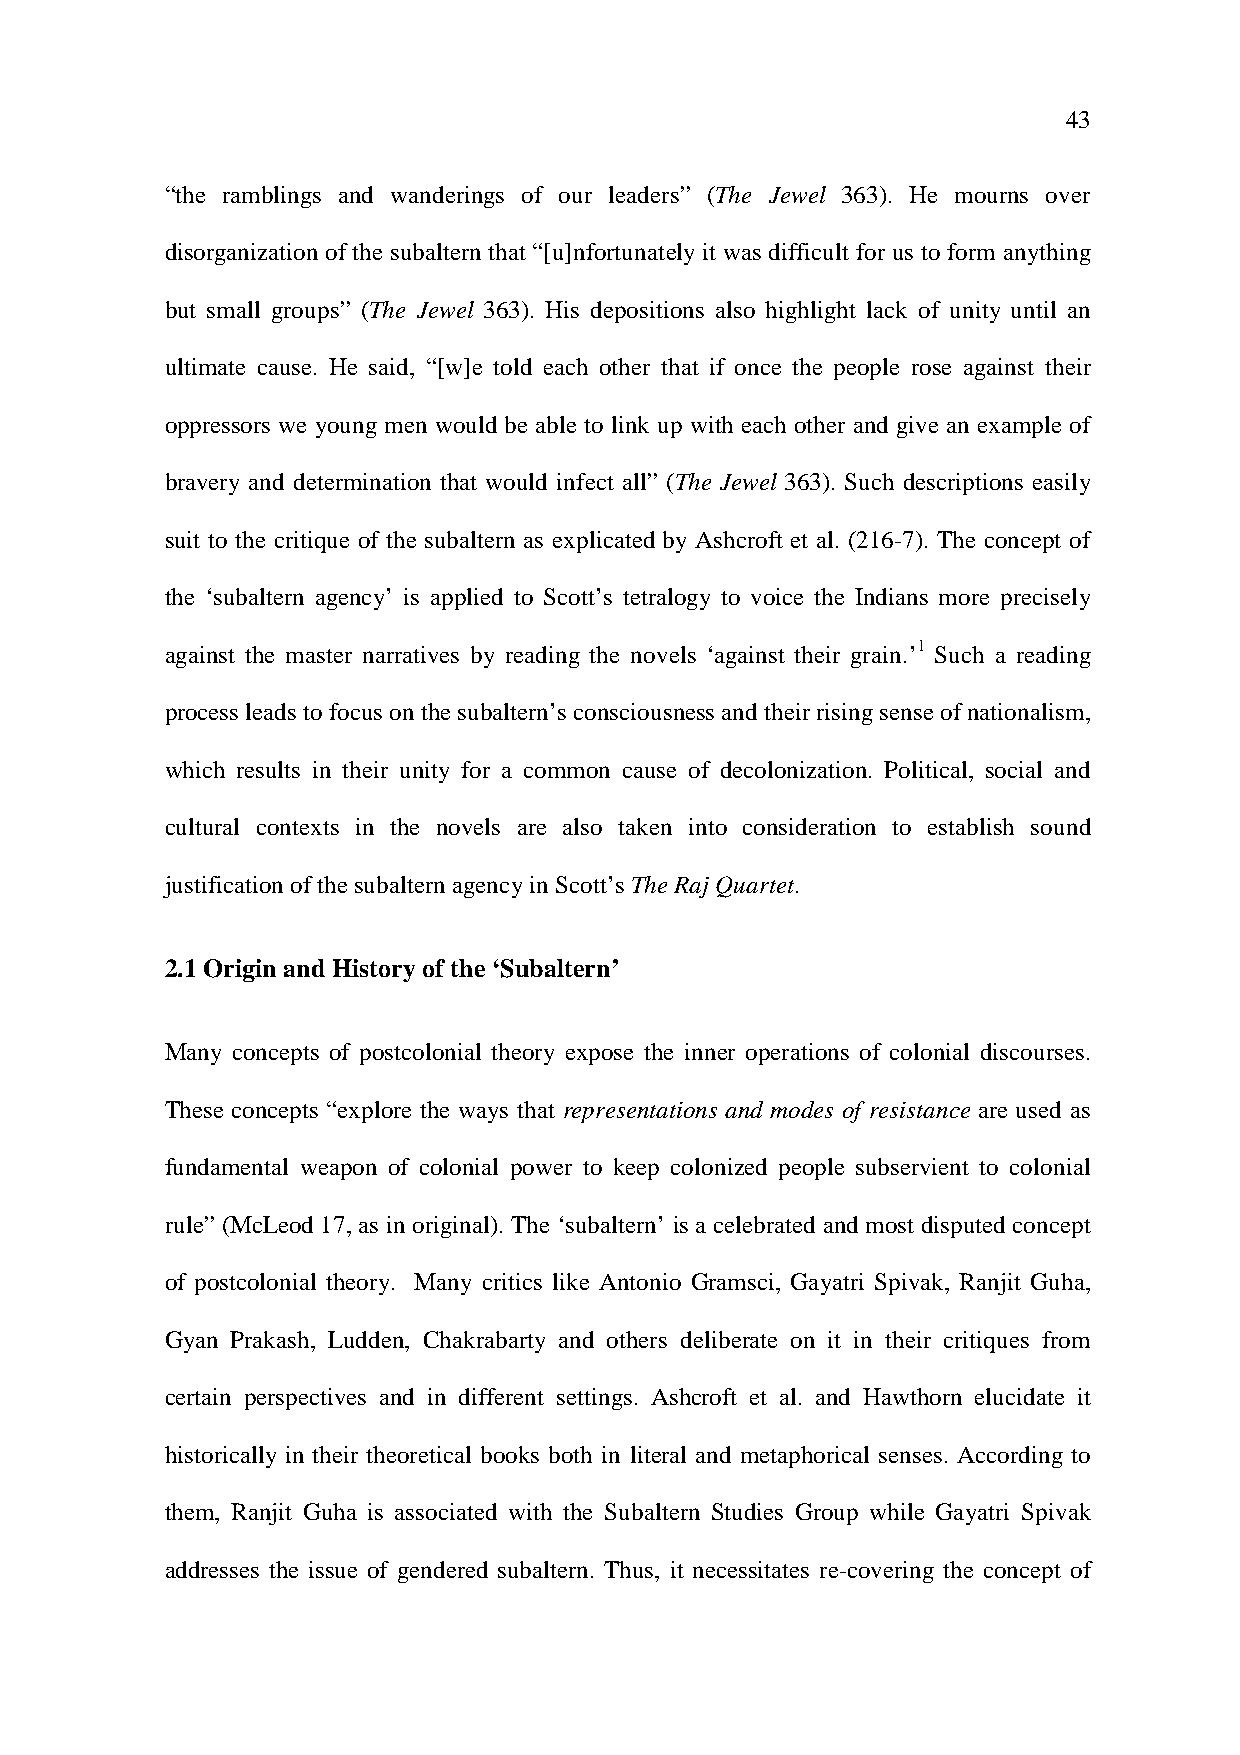
43
 “the ramblings and wanderings of our leaders” (The Jewel 363). He mourns over
 disorganization of the subaltern that “[u]nfortunately it was difficult for us to form anything
 but small groups” (The Jewel 363). His depositions also highlight lack of unity until an
 ultimate cause. He said, “[w]e told each other that if once the people rose against their
 oppressors we young men would be able to link up with each other and give an example of
 bravery and determination that would infect all” (The Jewel 363). Such descriptions easily
 suit to the critique of the subaltern as explicated by Ashcroft et al. (216-7). The concept of
 the ‘subaltern agency’ is applied to Scott’s tetralogy to voice the Indians more precisely
 against the master narratives by reading the novels ‘against their grain.’1 Such a reading
 process leads to focus on the subaltern’s consciousness and their rising sense of nationalism,
 which results in their unity for a common cause of decolonization. Political, social and
 cultural contexts in the novels are also taken into consideration to establish sound
 justification of the subaltern agency in Scott’s The Raj Quartet.
 2.1 Origin and History of the ‘Subaltern’
 Many concepts of postcolonial theory expose the inner operations of colonial discourses.
 These concepts “explore the ways that representations and modes of resistance are used as
 fundamental weapon of colonial power to keep colonized people subservient to colonial
 rule” (McLeod 17, as in original). The ‘subaltern’ is a celebrated and most disputed concept
 of postcolonial theory. Many critics like Antonio Gramsci, Gayatri Spivak, Ranjit Guha,
 Gyan Prakash, Ludden, Chakrabarty and others deliberate on it in their critiques from
 certain perspectives and in different settings. Ashcroft et al. and Hawthorn elucidate it
 historically in their theoretical books both in literal and metaphorical senses. According to
 them, Ranjit Guha is associated with the Subaltern Studies Group while Gayatri Spivak
 addresses the issue of gendered subaltern. Thus, it necessitates re-covering the concept of